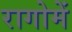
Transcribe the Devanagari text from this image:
रागोमें